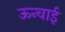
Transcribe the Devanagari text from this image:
ऊन्चाई